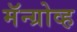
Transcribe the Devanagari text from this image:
मॅन्ग्रोव्ह